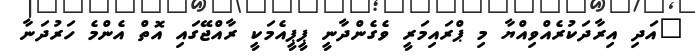
"އަދި އިރާދަކުރެއްވިއްޔާ މި ޕްރައިމަރީ ވެގެންދާނީ ޕީޕީއެމަކީ ރާއްޖޭގައި އޮތް އެންމެ ހަރުދަނާ